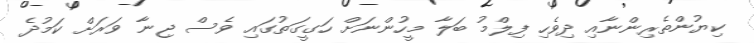
ކިޔުންތެރިންނާއި ދިވެހި ފިލްމު ބަލާ މީހުންނަށް ހަގީގަތުގައި ވެސް ޖިނާ ވަރަށް ކަމުދެ